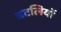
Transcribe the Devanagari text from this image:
बटलियों